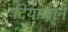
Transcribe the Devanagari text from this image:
दियाजाने